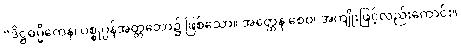
“ဒိဋ္ဌဓမ္မိကေန၊ ပစ္စုပ္ပန်အတ္တဘော၌ ဖြစ်သော။ အတ္ထေန စေဝ၊ အကျိုးဖြင့်လည်းကောင်း။